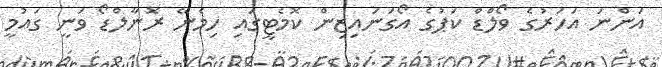
އަންނަ އަހަރުގެ ވޯލްޑް ކަޕުގެ އޯގަނައިޒިން ކޮމެޓީގައި ހިމެނޭ ރޮނާލްޑޯ ވަނީ ގައުމީ